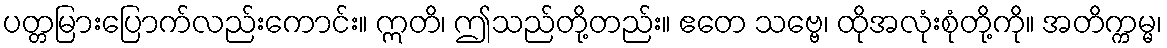
ပတ္တမြားပြောက်လည်းကောင်း။ ဣတိ၊ ဤသည်တို့တည်း။ ဧတေ သဗ္ဗေ၊ ထိုအလုံးစုံတို့ကို။ အတိက္ကမ္မ၊